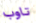
تاوب